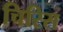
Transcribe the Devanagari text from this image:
चिरिस